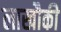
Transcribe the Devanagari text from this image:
लाखौकी